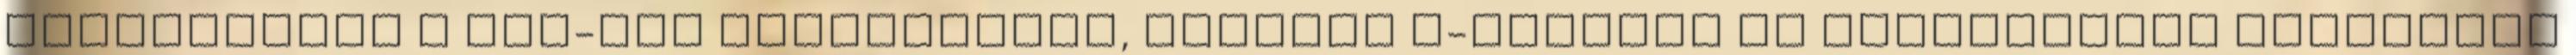
információt a FAQ-ban találhattok, illetve e-mailben is válaszolunk bármilyen